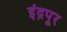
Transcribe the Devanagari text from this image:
इंद्रपूर